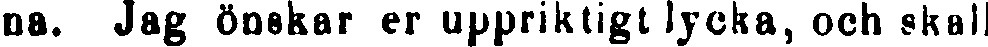
na. Jag önskar er uppriktigt lycka, och skall